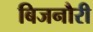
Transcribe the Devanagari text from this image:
बिजनौरी